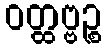
ဝတ္ထဗ္ဗဉ္စ